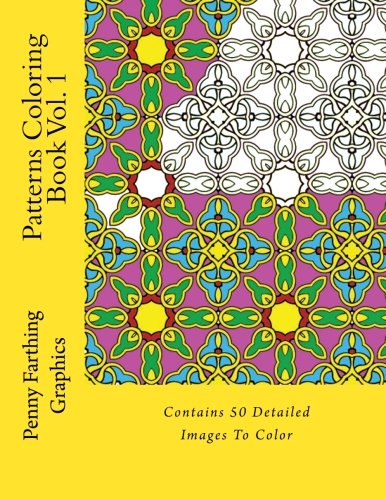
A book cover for Patterns Coloring Book Vol. 1; Penny Farthing Graphics; Arts & Photography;